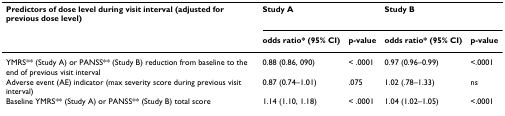
<table><thead><tr><td><b>Predictors of dose level during visit interval (adjusted for previous dose level)</b></td><td colspan="2"><b>Study A</b></td><td colspan="2"><b>Study B</b></td></tr><tr><td></td><td><b>odds ratio* (95% CI)</b></td><td><b>p-value</b></td><td><b>odds ratio* (95% CI)</b></td><td><b>p-value</b></td></tr></thead><tbody><tr><td>YMRS** (Study A) or PANSS** (Study B) reduction from baseline to the end of previous visit interval</td><td>0.88 (0.86, 090)</td><td>&lt; .0001</td><td>0.97 (0.96–0.99)</td><td>&lt;.0001</td></tr><tr><td>Adverse event (AE) indicator (max severity score during previous visit interval)</td><td>0.87 (0.74–1.01)</td><td>.075</td><td>1.02 (.78–1.33)</td><td>ns</td></tr><tr><td>Baseline YMRS** (Study A) or PANSS** (Study B) total score</td><td>1.14 (1.10, 1.18)</td><td>&lt; .0001</td><td>1.04 (1.02–1.05)</td><td>&lt;.0001</td></tr></tbody></table>